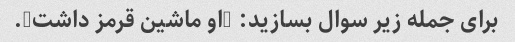
برای جمله زیر سوال بسازید: "او ماشین قرمز داشت".